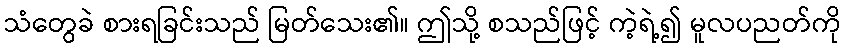
သံတွေခဲ စားရခြင်းသည် မြတ်သေး၏။ ဤသို့ စသည်ဖြင့် ကဲ့ရဲ့၍ မူလပညတ်ကို